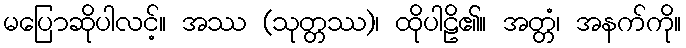
မပြောဆိုပါလင့်။ အဿ (သုတ္တဿ)၊ ထိုပါဠိ၏။ အတ္တံ၊ အနက်ကို။